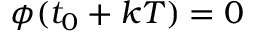
\phi ( t _ { 0 } + k T ) = 0 \quad \quad { }